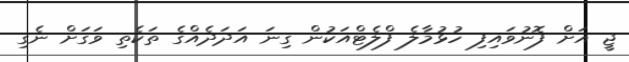
ޖީ އަށް ފޮނުވައިފި ހުޅުމާލެ ފްލެޓްއަކުން ގިނަ އަދަދެއްގެ ތަކެތި ވަގަށް ނެގި